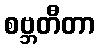
စဗ္ဘတီတာ